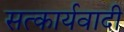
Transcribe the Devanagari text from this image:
सत्कार्यवादी